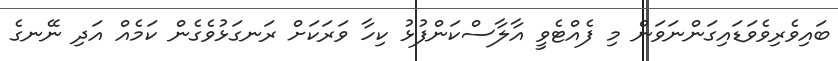
ބައިވެރިވެވަޑައިގަންނަވަން މި ފެއްޓެވީ އާލާސްކަންފުޅު ކިހާ ވަރަކަށް ރަނގަޅުވެގެން ކަމެއް އަދި ނޭނގެ